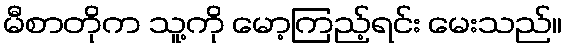
မီစာတိုက သူ့ကို မော့ကြည့်ရင်း မေးသည်။